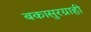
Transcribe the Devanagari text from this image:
बकासुरग्राही